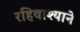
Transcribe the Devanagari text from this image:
रहिवाश्याने